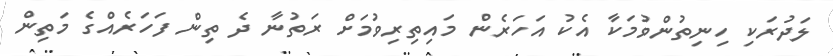
ލަދުރަކި ހިނިތުންވުމަކާ އެކު އަހަރެން މައިތިރިވުމަށް ރަތުނާ ދެ ތިން ފަހަރެއްގެ މަތިން